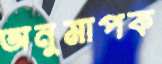
অনুমাপক